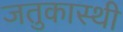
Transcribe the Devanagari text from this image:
जतुकास्थी